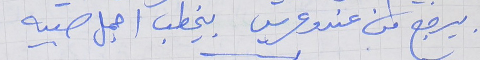
بيرجع من عندو عريس     بيخطب اجمل صبيه